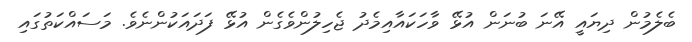
ބެލެމުން ދިޔައީ އޭނަ ބުނަން އުޅޭ ވާހަކައާއިމެދު ޖެހިލުންވެގެން އުޅޭ ފަދައަކުންނެވެ. މަސައްކަތުގައި